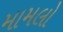
મામલો